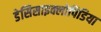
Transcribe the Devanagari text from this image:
डेसिसाइक्लोपिडिया